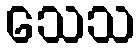
သေသ